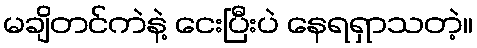
မချိတင်ကဲနဲ့ ငေးပြီးပဲ နေရရှာသတဲ့။